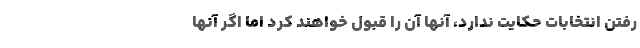
رفتن انتخابات حکایت ندارد، آنها آن را قبول خواهند کرد اما اگر آنها